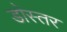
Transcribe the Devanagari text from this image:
डोस्तर